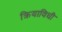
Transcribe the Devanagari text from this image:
क्रियाविधी